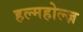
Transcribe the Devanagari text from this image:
हल्महोल्ज़